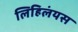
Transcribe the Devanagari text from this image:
लिहिलंयस